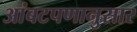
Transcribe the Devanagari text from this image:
आंबटपणानुसार